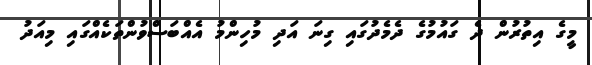
މީގެ އިތުރުން ދެ ގައުމުގެ ދެމެދުގައި ގިނަ އަދި މުހިންމު އެއްބަސްވުންތަކެއްގައި މިއަދު